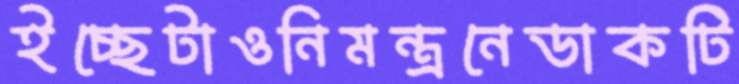
ইচ্ছেটাওনিমন্ত্রনেডাকটি